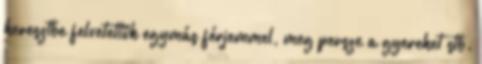
keresztbe felvetettük egymás férjemmel, meg persze a gyereket stb.